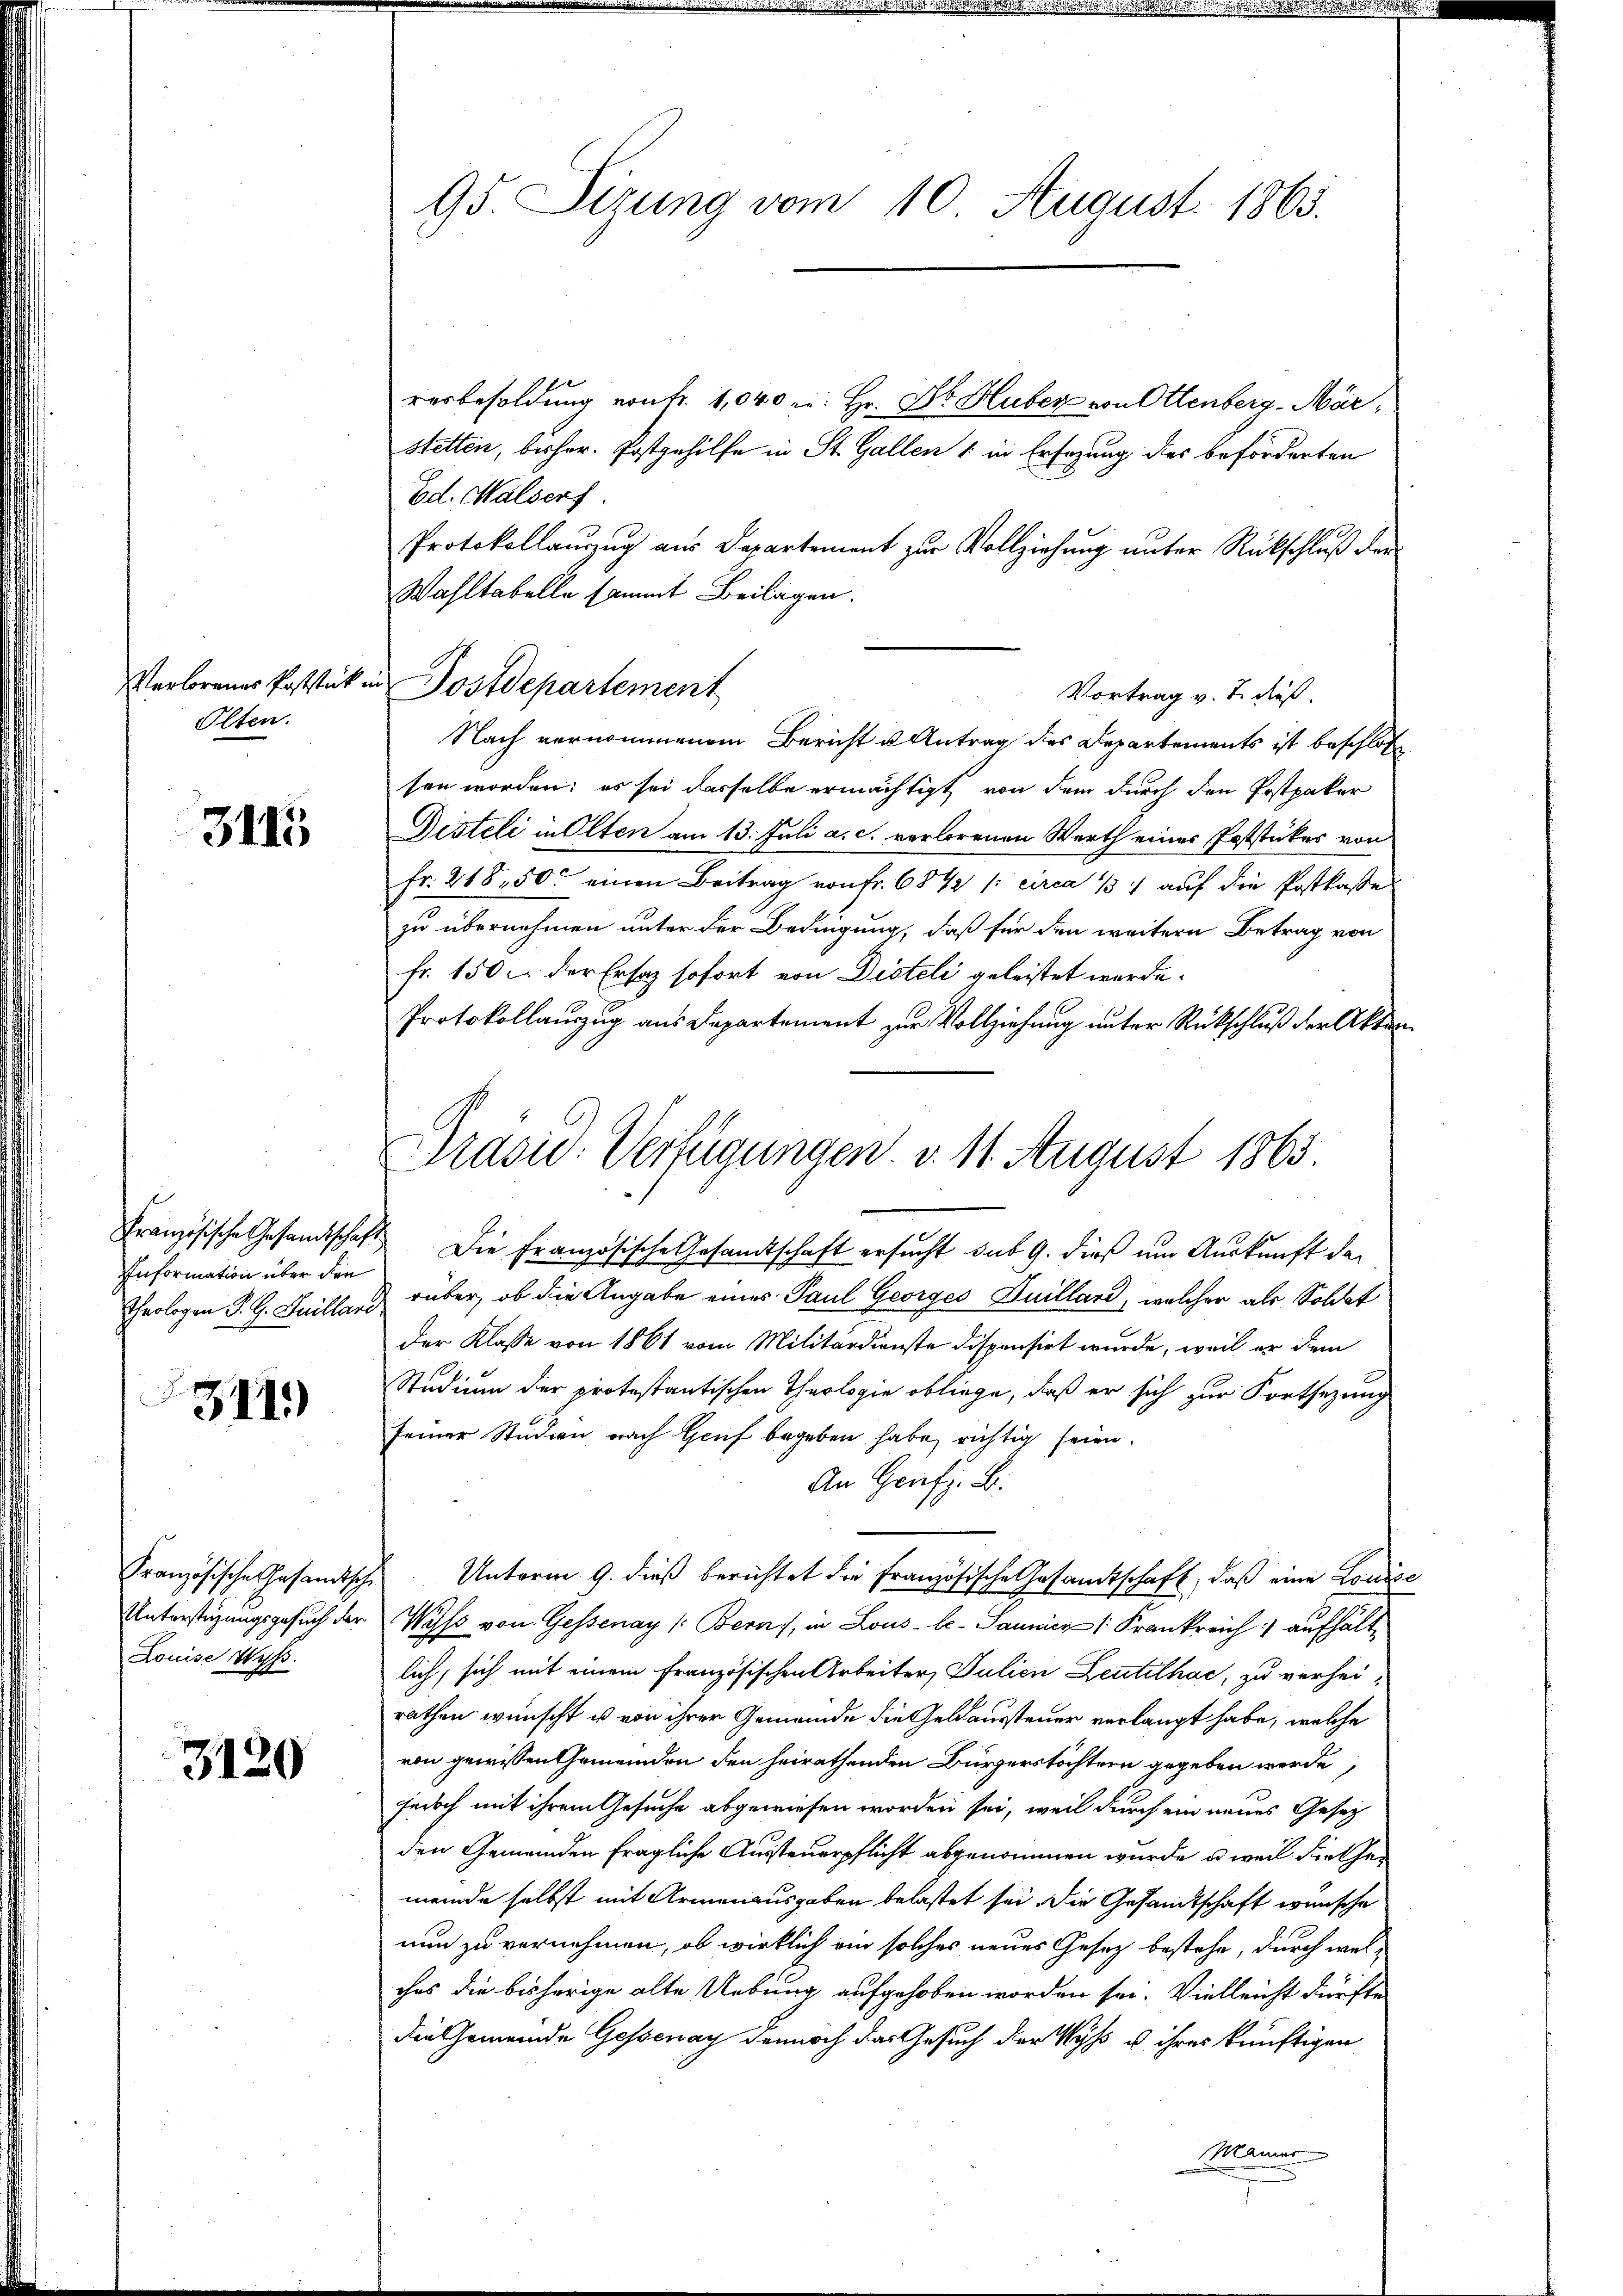
Olten.

3141

Information über den
Theologen S. H. Guillard

311)

Französische Gesandtsch
Louise Wyss.

3120

95. Sizung vom 10. August 1865.

Verborenes Poststick in Postdepartement

resbesoldung von Fr. 1,040 u. Hr. Dr. Huber von Ottenberg-Märstetten, bisher. Postgehilfe in St. Gallen 1 in Ersezung des beförderten
Ed. Malserf
Protokollauszug aus Departement zur Vollziehung unter Rückschluß der
Wahltabelle sammt Beilagen.
Nach vernommenem Bericht u Antrag des Departements ist beschlos
sen worden; es sei dasselbe ermächtigt, von dem durch den Postpaker
Desteli in Olten am 13. Juli a. c. verlorenen Werth eines Poststückes von
fr. 218,50 einen Beitrag von Fr. 684 /: circa 1/3. auf die Postkasse
zu übernehmen unter der Bedingung, daß für den weitern Betrag von
fr. 150 u. der Ersatz sofort von Disteli geleistet werde.
Protokollauszug aus Departement zur Vollziehung unter Rückschluß der Aktion
Französische Gesandtschaft. Die Französische Gesandtschaft ersucht sub 9. dieß um Auskunft der
rüber, ob die Angabe eines Paul Georges Juillard, welcher als Soldat
der Klasse von 1861 vom Militärdienste dispensirt wurde, weil er dem
Studium der protestantischen Theologie obliege, daß er sich zur Fortsezung
seiner Studien nach Genf begeben habe, richtig seien.
An Genf z. B.
2 Unterm 9. dieß berichtet die französische Gesamtschaft, daß eine Louise
Unterstüzungsgesuch der Wyss von Gessenay (: Berns, in Lous-le- Saumier (Frankreich aufhältlich, sich mit einem französischen Arbeiter, Julien Leutelhac, zu verhei-
rathen wünscht u von ihrer Gemeinde die Geld aussteuer verlangt habe, welche
von gewissen Gemeinden den heirathenden Bürgerstöchtern gegeben werde,
jedoch mit ihrem Gesuche abgewiesen worden sei, weil durch ein neues Gesetz
den Gemeinden fragliche Aussteuerpflicht abgenommen wurde, u. weil diesemeinde selbst mit Armenausgaben belastet sei. Die Gesandtschaft wünsche
nun zu vernehmen, ob wirklich ein solches neues Gesetz bestehe, durch welches die bisherige alte Uebung aufgehoben worden sei. Vielleicht dürfte
die Gemeinde Gessenay dennoch das Gesuch der Wyss u. ihres künftigen
Männer

Vortrag v. J. dieß.

Präsid. Verfügungen. v. 11. August 1865.